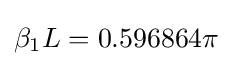
\beta _{1}L=0.596864\pi